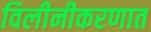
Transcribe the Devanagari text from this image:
विलीनीकरणात